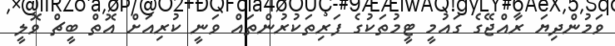
ވަމުންދިޔަ ރާއްޖޭގެ ގައުމީ ޓީމުތަކުގެ ފަރިތަކުރުންތައް ވަނީ ކުރިއަށް އޮތް ބީޗް ވޮލީ